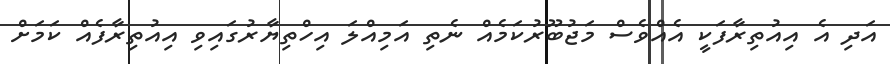
އަދި އެ އިއުތިރާފަކީ އެއްވެސް މަޖުބޫރުކަމެއް ނެތި އަމިއްލަ އިހްތިޔާރުގައިވި އިއުތިރާފެއް ކަމަށް